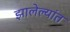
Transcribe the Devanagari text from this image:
झालेल्‍यांत